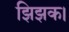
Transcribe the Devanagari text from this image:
झिझक।